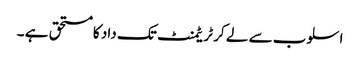
اسلوب سے لے کر ٹریٹمنٹ تک داد کا مستحق ہے ۔